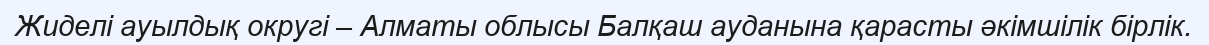
Жиделі ауылдық округі – Алматы облысы Балқаш ауданына қарасты әкімшілік бірлік.